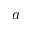
a